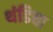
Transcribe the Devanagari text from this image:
थंडिचा